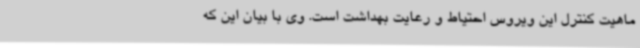
ماهیت کنترل این ویروس احتیاط و رعایت بهداشت است. وی با بیان این که